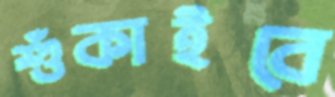
শুঁকাইবে